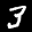
Label: 3